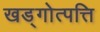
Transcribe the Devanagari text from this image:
खड्गोत्पत्ति